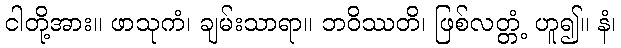
ငါတို့အား။ ဖာသုကံ၊ ချမ်းသာရာ။ ဘဝိဿတိ၊ ဖြစ်လတ္တံ့ ဟူ၍။ နံ၊